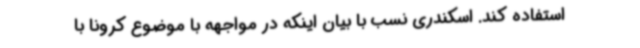
استفاده کند. اسکندری نسب با بیان اینکه در مواجهه با موضوع کرونا با